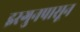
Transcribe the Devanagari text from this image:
इरगुनपासून